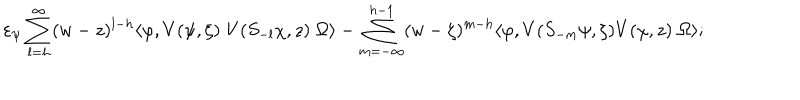
\varepsilon _ { \psi } \sum _ { l = h } ^ { \infty } ( w - z ) ^ { l - h } \langle \varphi , V ( \psi , \zeta ) \; V ( S _ { - l } \chi , z ) \; \Omega \rangle - \sum _ { m = - \infty } ^ { h - 1 } ( w - \zeta ) ^ { m - h } \langle \varphi , V ( S _ { - m } \psi , \zeta ) V ( \chi , z ) \; \Omega \rangle ;